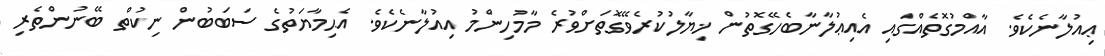
ޢިއުލާނެކެވެ. އާއްމުގޮތެއްގައި އެއިޢުލާނާބެހޭގޮތުން ޚިޔާލުކުރެވޭގޮތަށްވުރެ މާމުހިންމު އިއުލާނެކެވެ. އެޙިމާޔަތުގެ ސަބަބުން ނިކުތް ބޭނުންތެރި